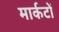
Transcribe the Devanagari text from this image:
मार्कटों